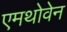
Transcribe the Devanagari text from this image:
एमथोवेन